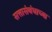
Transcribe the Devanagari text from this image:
सत्तासंबंधाच्या